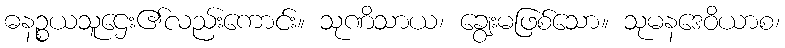
ဓနဉ္စယသူဌေး၏လည်းကောင်း။ သုဏိသာယ၊ ချွေးမဖြစ်သော။ သုမနဒေဝိယာစ၊